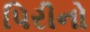
પિરીનો